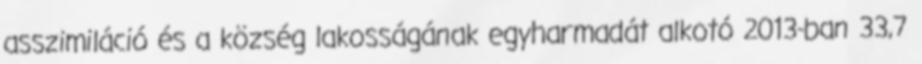
asszimiláció és a község lakosságának egyharmadát alkotó 2013-ban 33,7